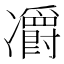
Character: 𠘣